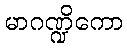
မာဂဏ္ဍိကော